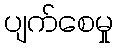
ပျက်စေမှု